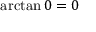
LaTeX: \arctan 0 = 0